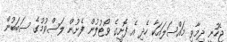
ޖެހުނީ ދިމާވި މައްސަލައަކާ ހެދި އެ ފޮށީގެ ވޯޓުލުން ފެށުން ލަސްވުމުގެ ސަބަބުން